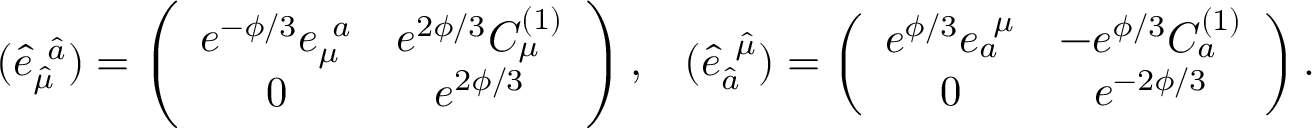
\left. \begin{array} { c c } { { ( \hat { e } _ { \hat { \mu } } ^ { \ \hat { a } } ) = \left( \begin{array} { c c } { { e ^ { - \phi / 3 } e _ { \mu } ^ { \ a } } } & { { e ^ { 2 \phi / 3 } C _ { \mu } ^ { ( 1 ) } } } \\ { { 0 } } & { { e ^ { 2 \phi / 3 } } } \end{array} \right) , } } & { { ( \hat { e } _ { \hat { a } } ^ { \ \hat { \mu } } ) = \left( \begin{array} { c c } { { e ^ { \phi / 3 } e _ { a } ^ { \ \mu } } } & { { - e ^ { \phi / 3 } C _ { a } ^ { ( 1 ) } } } \\ { { 0 } } & { { e ^ { - 2 \phi / 3 } } } \end{array} \right) . } } \end{array} \right.